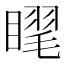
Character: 𥉗